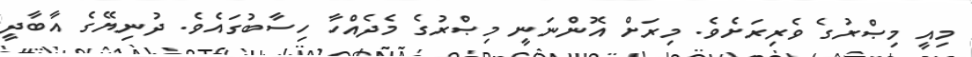
މިއީ މިޞްރުގެ ވެރިރަށެވެ. މިރަށް އޮންނަނީ މިޞްރުގެ މެދެއްހާ ހިސާބުގައެވެ. ދުނިޔޭގެ އާބާދީ